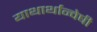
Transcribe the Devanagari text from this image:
याथार्थान्वेषी